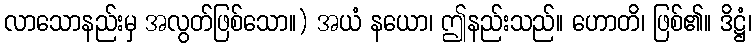
လာသောနည်းမှ အလွတ်ဖြစ်သော။) အယံ နယော၊ ဤနည်းသည်။ ဟောတိ၊ ဖြစ်၏။ ဒိဋ္ဌံ၊